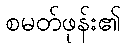
စမတ်ဖုန်း၏